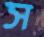
স